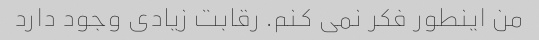
من اینطور فکر نمی کنم. رقابت زیادی وجود دارد